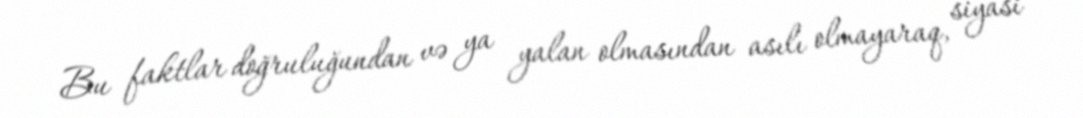
Bu faktlar doğruluğundan və ya yalan olmasından asılı olmayaraq, siyasi